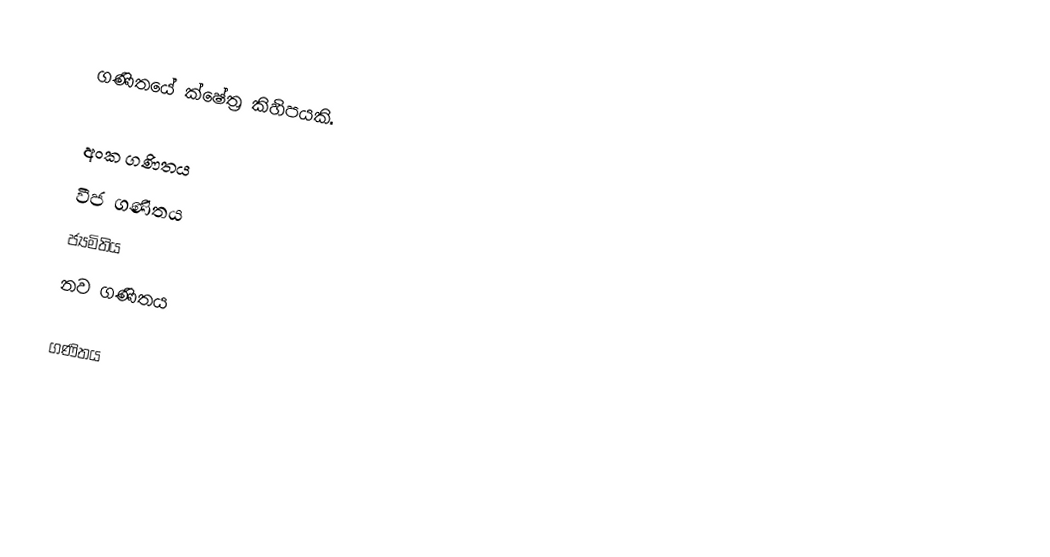
ගණිතයේ ක්ෂේත්‍ර කිහිපයකි.

 අංක ගණිතය
 වීජ ගණිතය
 ජ්‍යමිතිය
 නව ගණිතය

ගණිතය